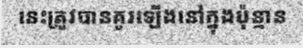
នេះត្រូវបានគូរឡើងនៅក្នុងប៉ុន្មាន